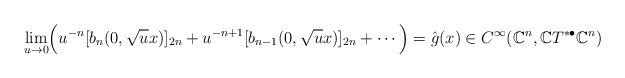
\begin{align*} \lim_{u\rightarrow0}\Bigr(u^{-n}[b_n(0,\sqrt{u}x)]_{2n}+u^{-n+1}[b_{n-1}(0,\sqrt{u}x)]_{2n}+\cdots\Bigr)=\hat g(x)\in C^\infty(\mathbb{C}^n,{\mathbb{C}}T^{*\bullet}\mathbb{C}^n)\end{align*}